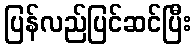
ပြန်လည်ပြင်ဆင်ပြီး